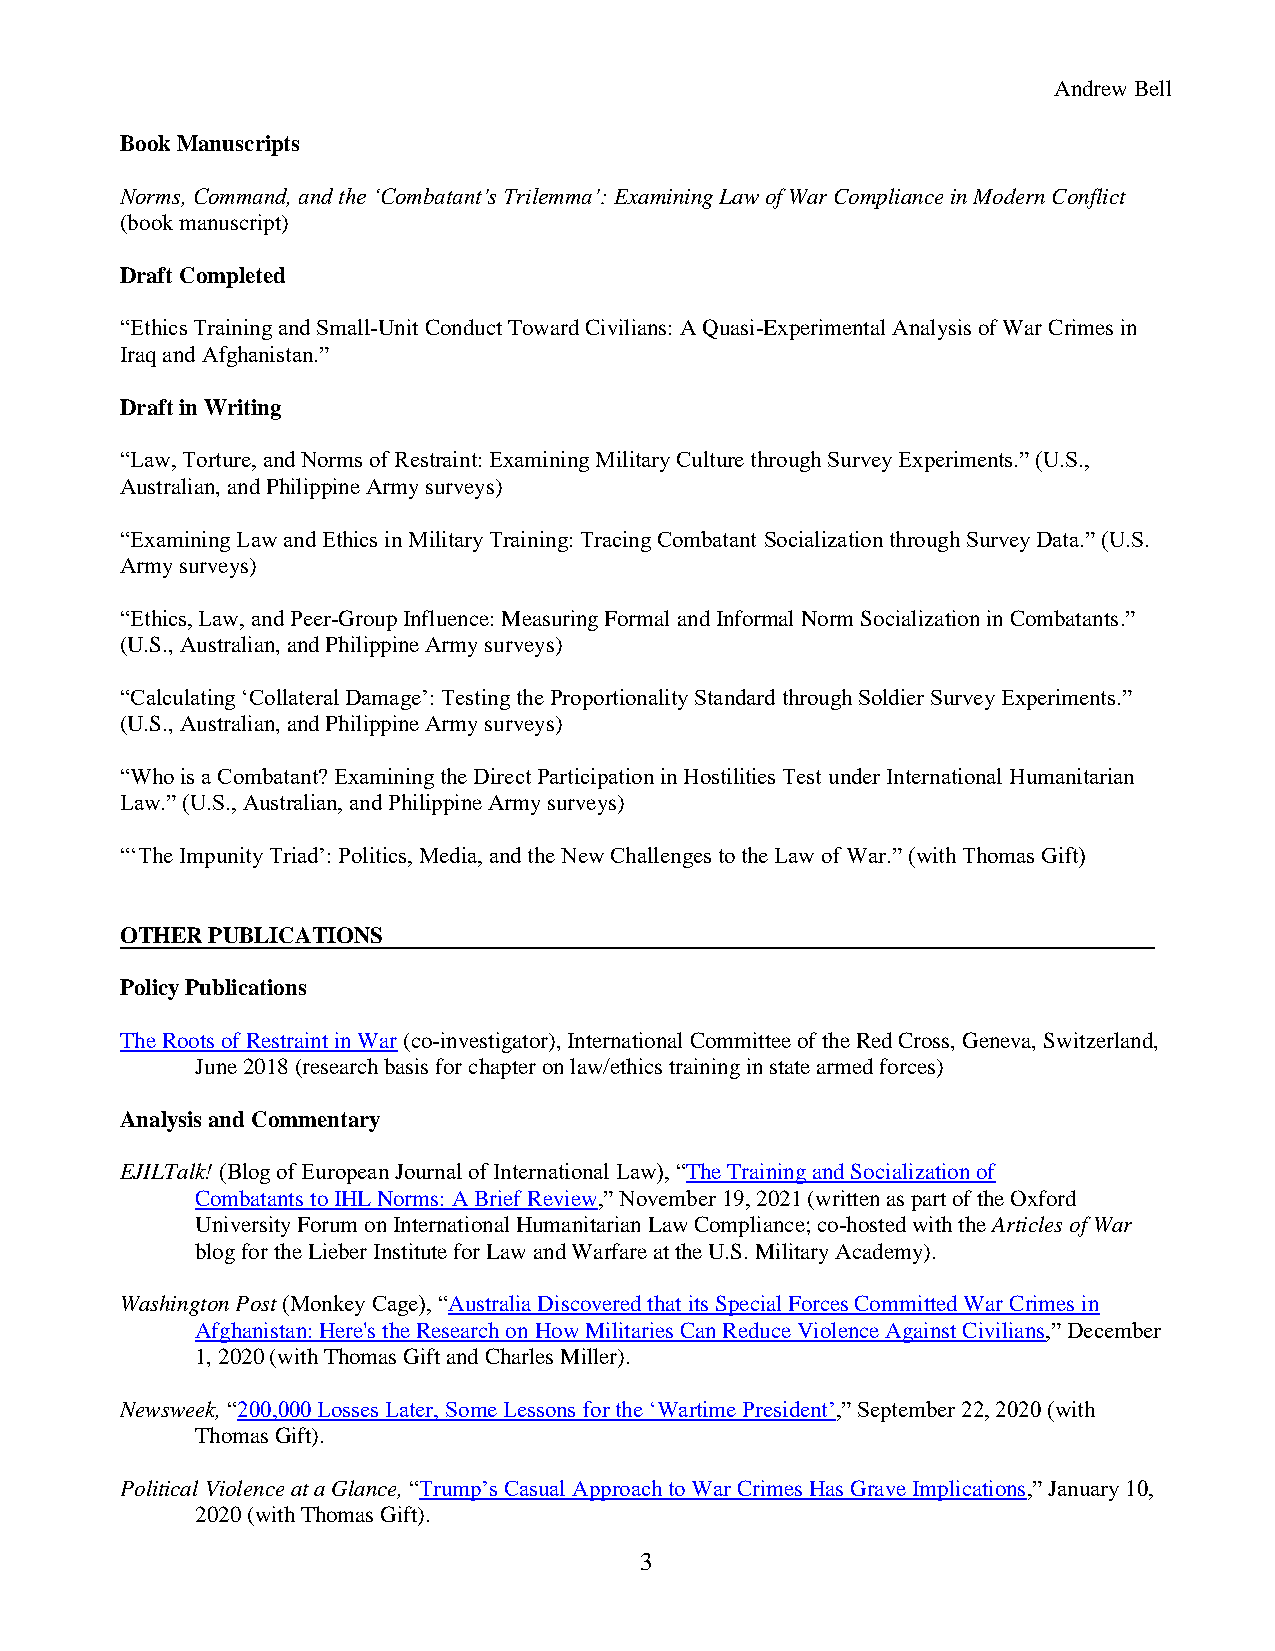
Andrew Bell
 Book Manuscripts
 Norms, Command, and the ‘Combatant’s Trilemma’: Examining Law of War Compliance in Modern Conflict
 (book manuscript)
 Draft Completed
 “Ethics Training and Small-Unit Conduct Toward Civilians: A Quasi-Experimental Analysis of War Crimes in
 Iraq and Afghanistan.”
 Draft in Writing
 “Law, Torture, and Norms of Restraint: Examining Military Culture through Survey Experiments.” (U.S.,
 Australian, and Philippine Army surveys)
 “Examining Law and Ethics in Military Training: Tracing Combatant Socialization through Survey Data.” (U.S.
 Army surveys)
 “Ethics, Law, and Peer-Group Influence: Measuring Formal and Informal Norm Socialization in Combatants.”
 (U.S., Australian, and Philippine Army surveys)
 “Calculating ‘Collateral Damage’: Testing the Proportionality Standard through Soldier Survey Experiments.”
 (U.S., Australian, and Philippine Army surveys)
 “Who is a Combatant? Examining the Direct Participation in Hostilities Test under International Humanitarian
 Law.” (U.S., Australian, and Philippine Army surveys)
 “‘The Impunity Triad’: Politics, Media, and the New Challenges to the Law of War.” (with Thomas Gift)
 OTHER PUBLICATIONS
 Policy Publications
 The Roots of Restraint in War (co-investigator), International Committee of the Red Cross, Geneva, Switzerland,
 June 2018 (research basis for chapter on law/ethics training in state armed forces)
 Analysis and Commentary
 EJILTalk! (Blog of European Journal of International Law), “The Training and Socialization of
 Combatants to IHL Norms: A Brief Review,” November 19, 2021 (written as part of the Oxford
 University Forum on International Humanitarian Law Compliance; co-hosted with the Articles of War
 blog for the Lieber Institute for Law and Warfare at the U.S. Military Academy).
 Washington Post (Monkey Cage), “Australia Discovered that its Special Forces Committed War Crimes in
 Afghanistan: Here's the Research on How Militaries Can Reduce Violence Against Civilians,” December
 1, 2020 (with Thomas Gift and Charles Miller).
 Newsweek, “200,000 Losses Later, Some Lessons for the ‘Wartime President’,” September 22, 2020 (with
 Thomas Gift).
 Political Violence at a Glance, “Trump’s Casual Approach to War Crimes Has Grave Implications,” January 10,
 2020 (with Thomas Gift).
 3